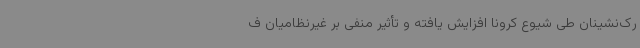
رک‌نشینان طی شیوع کرونا افزایش یافته و تأثیر منفی بر غیرنظامیان ف